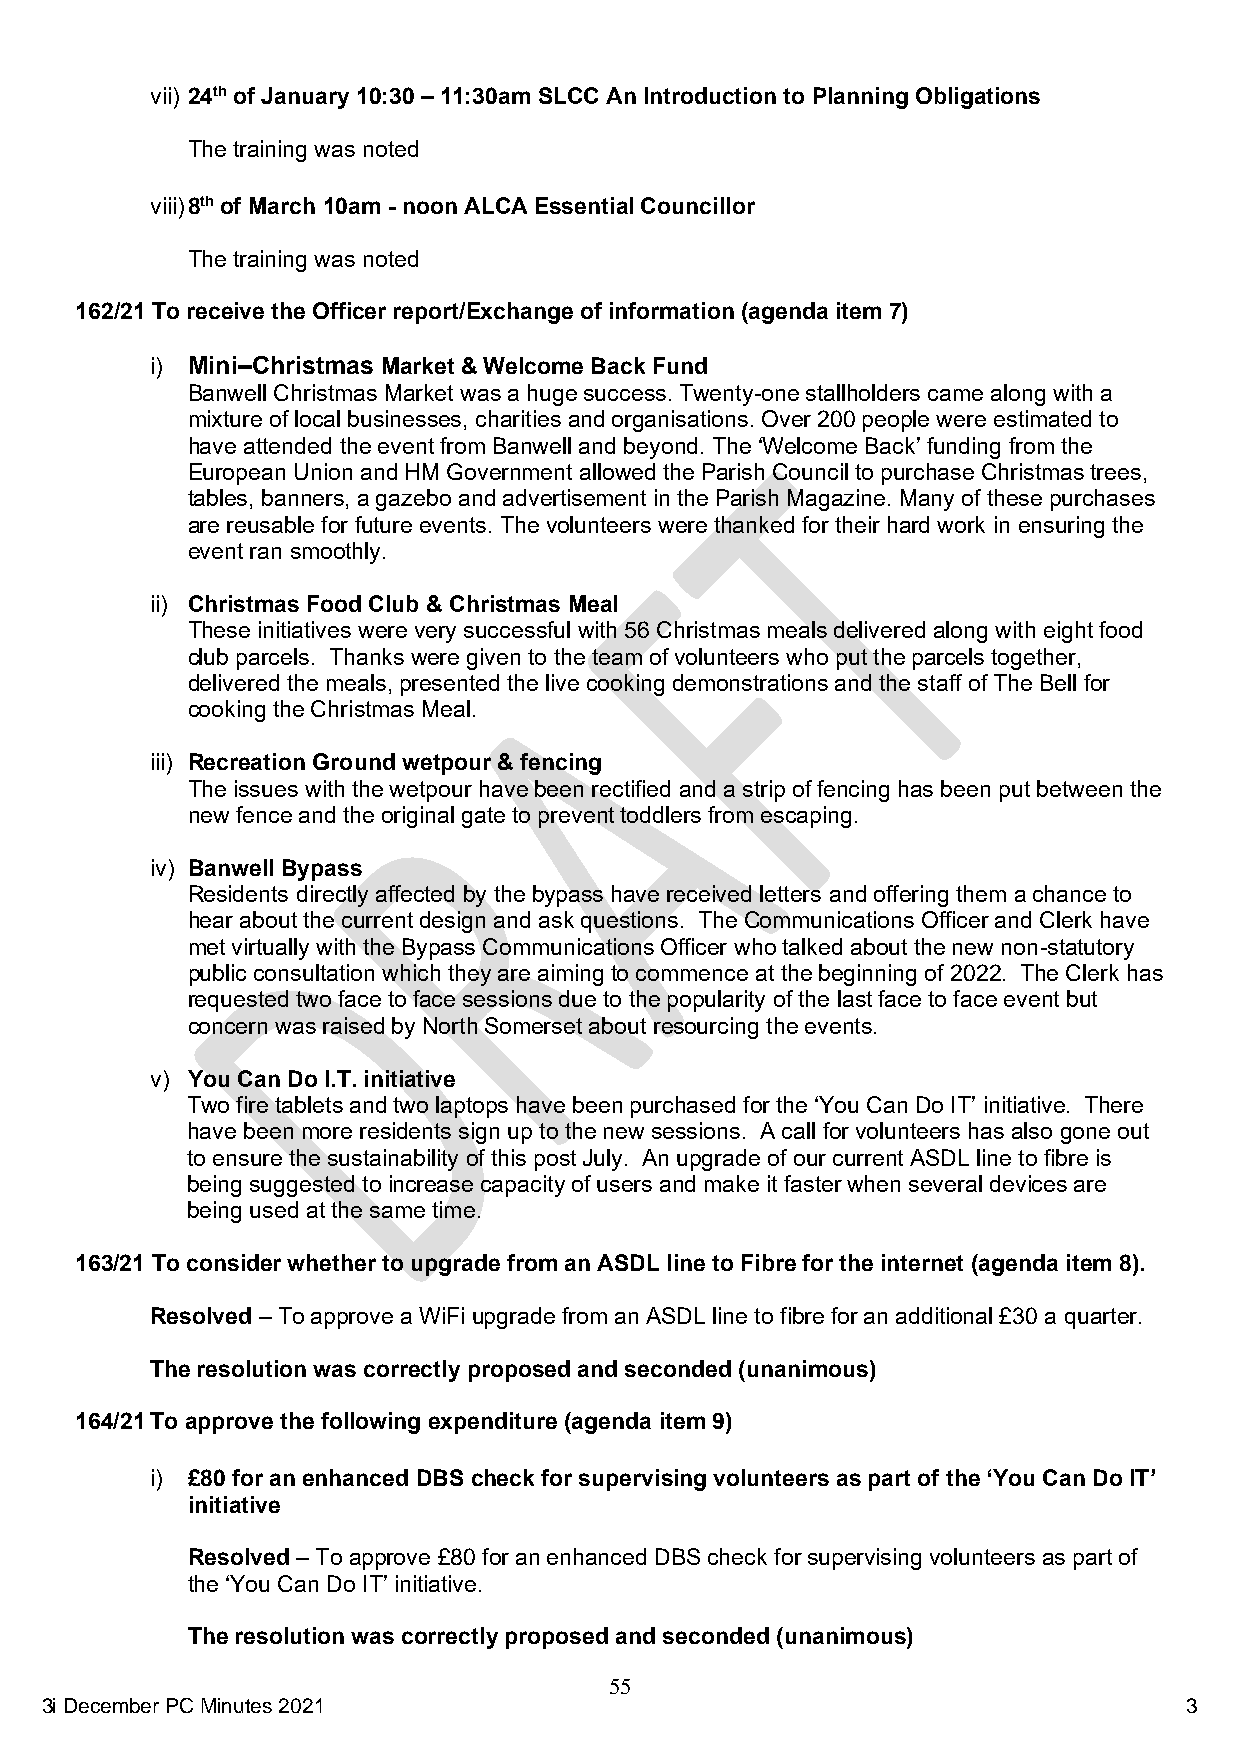
vii) 24th of January 10:30 – 11:30am SLCC An Introduction to Planning Obligations
 The training was noted
 viii) 8th of March 10am - noon ALCA Essential Councillor
 The training was noted
 162/21 To receive the Officer report/Exchange of information (agenda item 7)
 i) Mini–Christmas Market & Welcome Back Fund
 Banwell Christmas Market was a huge success. Twenty-one stallholders came along with a
 mixture of local businesses, charities and organisations. Over 200 people were estimated to
 have attended the event from Banwell and beyond. The ‘Welcome Back’ funding from the
 European Union and HM Government allowed the Parish Council to purchase Christmas trees,
 tables, banners, a gazebo and advertisement in the Parish Magazine. Many of these purchases
 are reusable for future events. The volunteers were thanked for their hard work in ensuring the
 event ran smoothly.
 ii) Christmas Food Club & Christmas Meal
 These initiatives were very successful with 56 Christmas meals delivered along with eight food
 club parcels. Thanks were given to the team of volunteers who put the parcels together,
 delivered the meals, presented the live cooking demonstrations and the staff of The Bell for
 cooking the Christmas Meal.
 iii) Recreation Ground wetpour & fencing
 The issues with the wetpour have been rectified and a strip of fencing has been put between the
 new fence and the original gate to prevent toddlers from escaping.
 iv) Banwell Bypass
 Residents directly affected by the bypass have received letters and offering them a chance to
 hear about the current design and ask questions. The Communications Officer and Clerk have
 met virtually with the Bypass Communications Officer who talked about the new non-statutory
 public consultation which they are aiming to commence at the beginning of 2022. The Clerk has
 requested two face to face sessions due to the popularity of the last face to face event but
 concern was raised by North Somerset about resourcing the events.
 v) You Can Do I.T. initiative
 Two fire tablets and two laptops have been purchased for the ‘You Can Do IT’ initiative. There
 have been more residents sign up to the new sessions. A call for volunteers has also gone out
 to ensure the sustainability of this post July. An upgrade of our current ASDL line to fibre is
 being suggested to increase capacity of users and make it faster when several devices are
 being used at the same time.
 163/21 To consider whether to upgrade from an ASDL line to Fibre for the internet (agenda item 8).
 Resolved – To approve a WiFi upgrade from an ASDL line to fibre for an additional £30 a quarter.
 The resolution was correctly proposed and seconded (unanimous)
 164/21 To approve the following expenditure (agenda item 9)
 i) £80 for an enhanced DBS check for supervising volunteers as part of the ‘You Can Do IT’
 initiative
 Resolved – To approve £80 for an enhanced DBS check for supervising volunteers as part of
 the ‘You Can Do IT’ initiative.
 The resolution was correctly proposed and seconded (unanimous)
 55
 3i Decembe r PC Minutes 2021                                               3